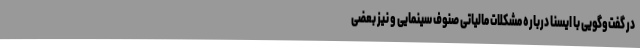
در گفت‌وگویی با ایسنا درباره مشکلات مالیاتی صنوف سینمایی و نیز بعضی